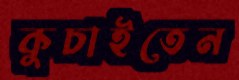
কুচাইতেন